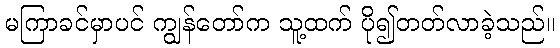
မကြာခင်မှာပင် ကျွန်တော်က သူ့ထက် ပို၍တတ်လာခဲ့သည်။